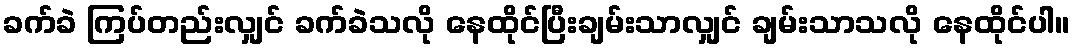
ခက်ခဲ ကြပ်တည်းလျှင် ခက်ခဲသလို နေထိုင်ပြီးချမ်းသာလျှင် ချမ်းသာသလို နေထိုင်ပါ။